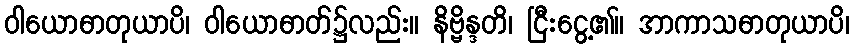
ဝါယောဓာတုယာပိ၊ ဝါယောဓာတ်၌လည်း။ နိဗ္ဗိန္ဒတိ၊ ငြီးငွေ့၏။ အာကာသဓာတုယာပိ၊